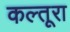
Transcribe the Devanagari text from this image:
कल्तूरा